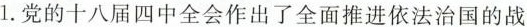
1. 党的十八届四中全会作出了全面推进依法治国的战